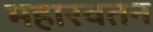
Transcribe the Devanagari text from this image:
महारवतन